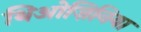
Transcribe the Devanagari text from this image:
थिओज़िनिया